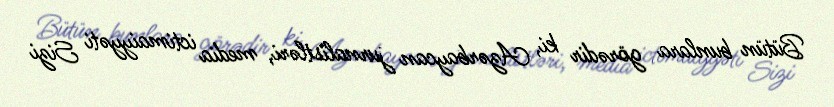
Bütün bunlara görədir ki, Azərbaycan jurnalistləri, media ictimaiyyəti Sizi